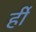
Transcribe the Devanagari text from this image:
र्ही